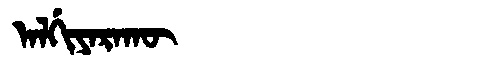
Manchu: ᠠᠯᡤᡳᠶᠠᡵᠠᡴᡡ
Romanization: ALGIYARAKŪ